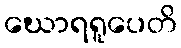
ဃောရရူပေတိ